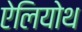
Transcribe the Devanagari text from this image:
ऐलियोथ